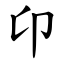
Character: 卬